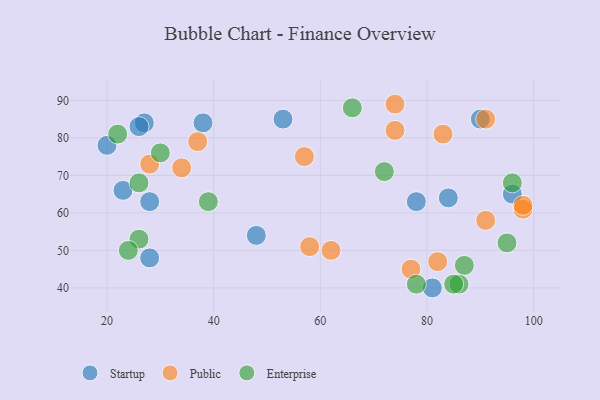
{"axis": {"x": "GDP", "y": "Life Expectancy"}, "legend": ["Enterprise", "Public", "Startup"], "data": [{"x": "53", "y": 85, "type": "Startup"}, {"x": "28", "y": 63, "type": "Startup"}, {"x": "23", "y": 66, "type": "Startup"}, {"x": "48", "y": 54, "type": "Startup"}, {"x": "27", "y": 84, "type": "Startup"}, {"x": "28", "y": 48, "type": "Startup"}, {"x": "78", "y": 63, "type": "Startup"}, {"x": "20", "y": 78, "type": "Startup"}, {"x": "81", "y": 40, "type": "Startup"}, {"x": "90", "y": 85, "type": "Startup"}, {"x": "26", "y": 83, "type": "Startup"}, {"x": "84", "y": 64, "type": "Startup"}, {"x": "96", "y": 65, "type": "Startup"}, {"x": "38", "y": 84, "type": "Startup"}, {"x": "28", "y": 73, "type": "Public"}, {"x": "82", "y": 47, "type": "Public"}, {"x": "83", "y": 81, "type": "Public"}, {"x": "91", "y": 85, "type": "Public"}, {"x": "98", "y": 61, "type": "Public"}, {"x": "74", "y": 82, "type": "Public"}, {"x": "74", "y": 89, "type": "Public"}, {"x": "62", "y": 50, "type": "Public"}, {"x": "37", "y": 79, "type": "Public"}, {"x": "57", "y": 75, "type": "Public"}, {"x": "77", "y": 45, "type": "Public"}, {"x": "98", "y": 62, "type": "Public"}, {"x": "34", "y": 72, "type": "Public"}, {"x": "58", "y": 51, "type": "Public"}, {"x": "91", "y": 58, "type": "Public"}, {"x": "86", "y": 41, "type": "Enterprise"}, {"x": "78", "y": 41, "type": "Enterprise"}, {"x": "66", "y": 88, "type": "Enterprise"}, {"x": "26", "y": 68, "type": "Enterprise"}, {"x": "22", "y": 81, "type": "Enterprise"}, {"x": "30", "y": 76, "type": "Enterprise"}, {"x": "96", "y": 68, "type": "Enterprise"}, {"x": "39", "y": 63, "type": "Enterprise"}, {"x": "95", "y": 52, "type": "Enterprise"}, {"x": "72", "y": 71, "type": "Enterprise"}, {"x": "87", "y": 46, "type": "Enterprise"}, {"x": "85", "y": 41, "type": "Enterprise"}, {"x": "26", "y": 53, "type": "Enterprise"}, {"x": "24", "y": 50, "type": "Enterprise"}]}